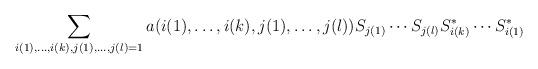
LaTeX: \begin{gather*}\sum_{i(1),\ldots, i(k), j(1), \ldots, j(l)=1}a(i(1),\ldots, i(k),j(1),\ldots,j(l)) S_{j(1)}\cdots S_{j(l)} S_{i(k)}^*\cdots S_{i(1)}^*\end{gather*}